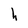
Character: h